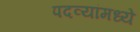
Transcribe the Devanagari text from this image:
पदव्यांमध्ये